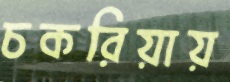
চকরিয়ায়